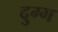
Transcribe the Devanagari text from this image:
दुग्ग